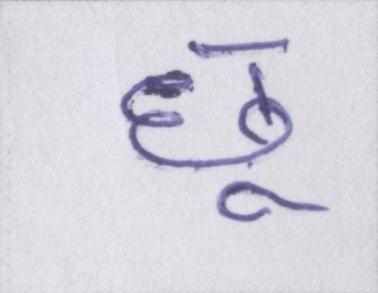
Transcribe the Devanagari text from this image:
छू